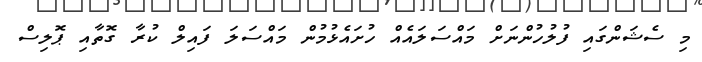
މި ސެޝަންގައި ފުލުހުންނަށް މައްސަލައެއް ހުށައެޅުމުން މައްސަލަ ފައިލް ކުރާ ގޮތާއި ޕޮލިސް